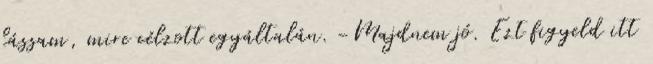
lássam, mire célzott egyáltalán. -Majdnem jó. Ezt figyeld itt